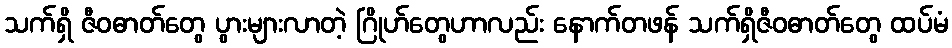
သက်ရှိ ဇီဝဓာတ်တွေ ပွားများလာတဲ့ ဂြိုဟ်တွေဟာလည်း နောက်တဖန် သက်ရှိဇီဝဓာတ်တွေ ထပ်မံ